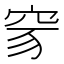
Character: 𥥒